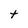
Character: t